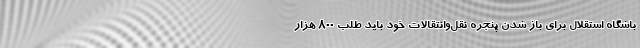
باشگاه استقلال برای باز شدن پنجره نقل‌وانتقالات خود باید طلب 800 هزار